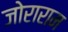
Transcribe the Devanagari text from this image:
जोराराम